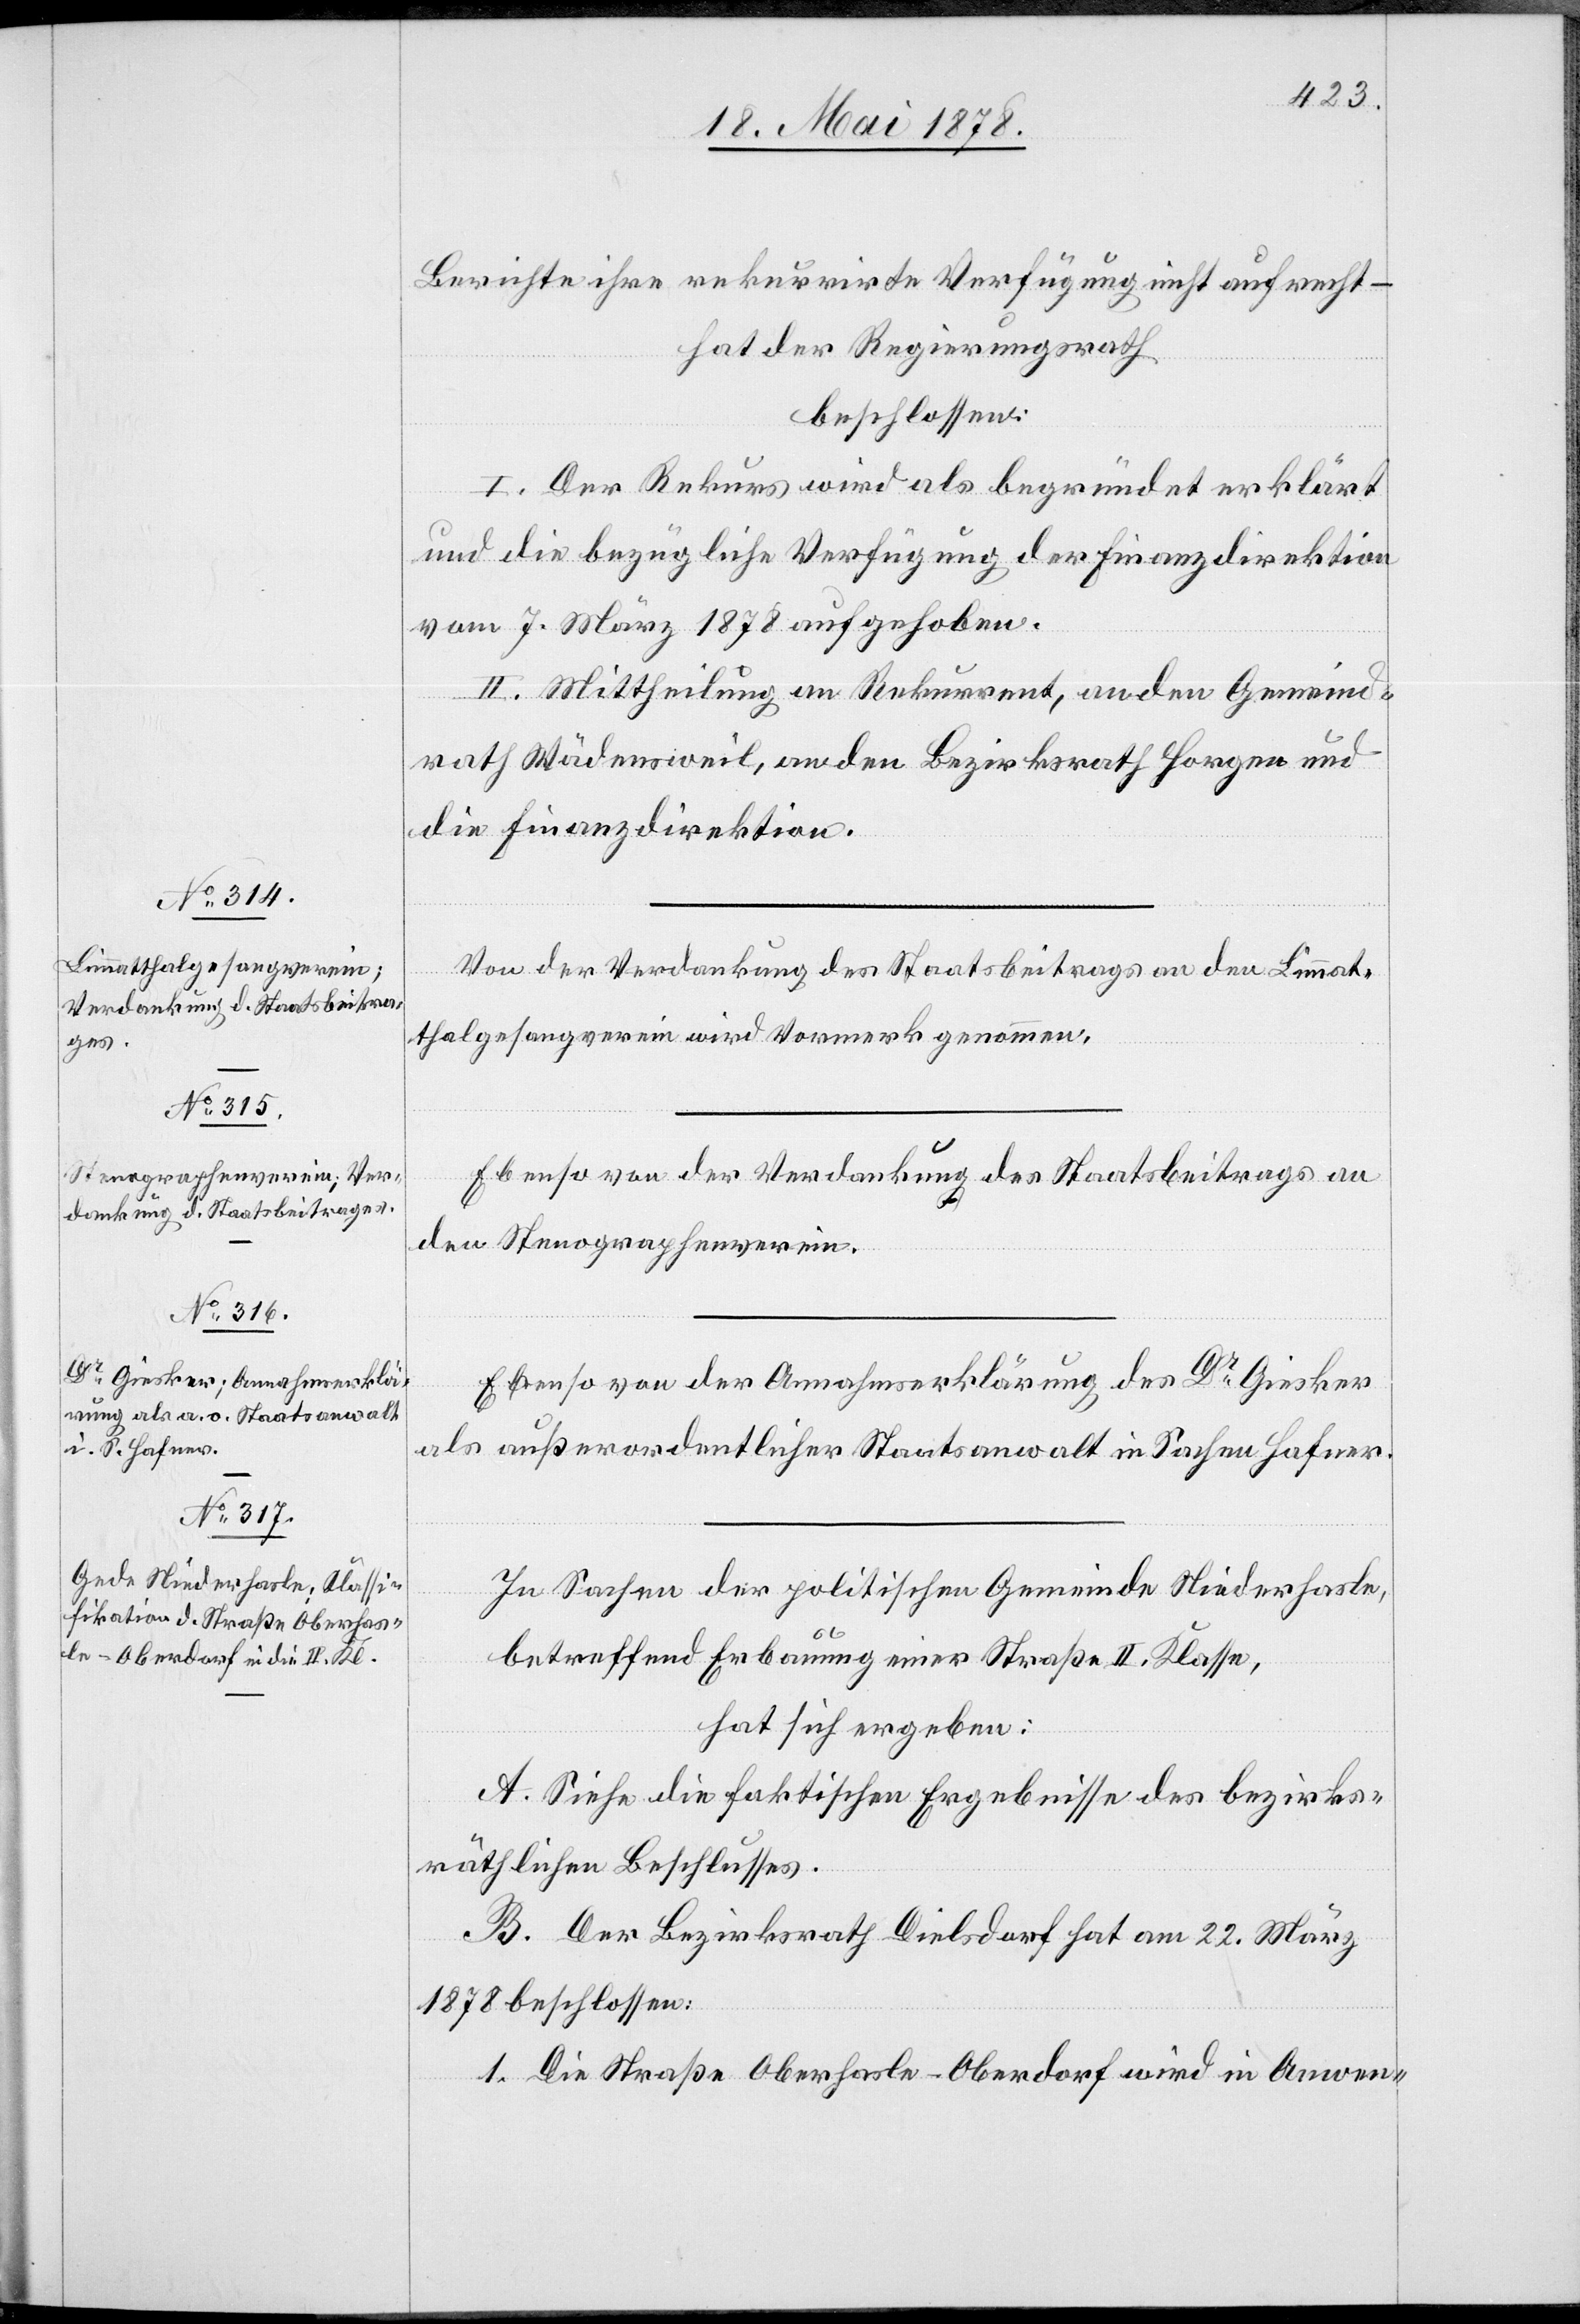
Berichte ihre rekurrirte Verfügung nicht aufrecht –
hat der Regierungsrath
beschlossen:
I. Der Rekurs wird als begründet erklärt
und die bezügliche Verfügung der Finanzdirektion
vom 7. März 1878 aufgehoben.
II. Mittheilung an Rekurrent, an den Gemeind¬
rath Wädensweil, an den Bezirksrath Horgen und
die Finanzdirektion.
Von der Verdankung des Staatsbeitrages an den Limmat¬
thalgesangverein wird Vormerk genommen.
Ebenso von der Verdankung des Staatsbeitrages an
den Stenographenverein.
Ebenso von der Annahmserklärung des Dr Giesker
als außerordentlicher Staatsanwalt in Sachen Hafner.
In Sachen der politischen Gemeinde Niederhasle,
betreffend Erbauung einer Straße II. Klasse,
hat sich ergeben:
A. Siehe die faktischen Ergebnisse des bezirks¬
räthlichen Beschlusses.
B. Der Bezirksrath Dielsdorf hat am 22. März
1878 beschlossen:
1. Die Straße Oberhasle–Oberdorf wird in Anwen-